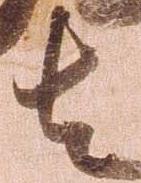
者